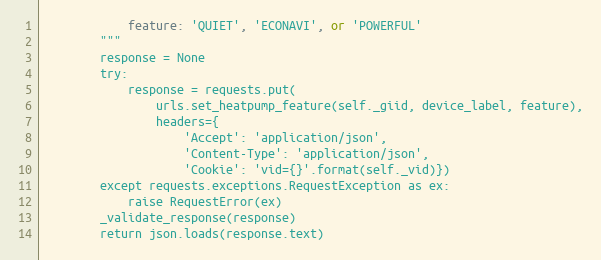
Language: Python
            feature: 'QUIET', 'ECONAVI', or 'POWERFUL'
        """
        response = None
        try:
            response = requests.put(
                urls.set_heatpump_feature(self._giid, device_label, feature),
                headers={
                    'Accept': 'application/json',
                    'Content-Type': 'application/json',
                    'Cookie': 'vid={}'.format(self._vid)})
        except requests.exceptions.RequestException as ex:
            raise RequestError(ex)
        _validate_response(response)
        return json.loads(response.text)